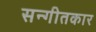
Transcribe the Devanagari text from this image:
सन्गीतकार